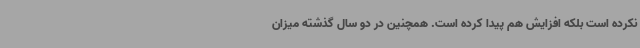
نکرده است بلکه افزایش هم پیدا کرده است. همچنین در دو سال گذشته میزان